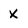
Character: x